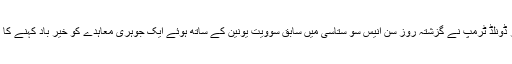
امریکی صدر ڈونلڈ ٹرمپ نے گزشتہ روز سن انیس سو ستاسی میں سابق سوویت یونین کے ساتھ ہوئے ایک جوہری معاہدے کو خیر باد کہنے کا اعلان کیا تھا۔